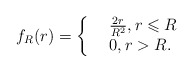
\begin{align*}f_R(r)= \left\{\begin{array}{rl}&\frac{2r}{R^2}, r\leqslant R\\&0, r>R.\end{array} \right.\end{align*}